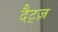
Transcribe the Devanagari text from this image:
दैट्ज़